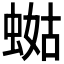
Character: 𧍏